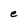
Character: e